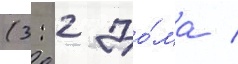
(3: 2 до́ма /